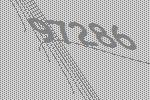
97286